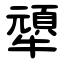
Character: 㹕